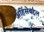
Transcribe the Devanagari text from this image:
अहिंसेबद्दल